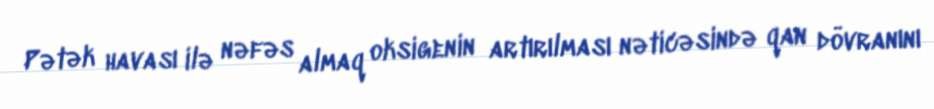
Pətək havası ilə nəfəs almaq oksigenin artırılması nəticəsində qan dövranını